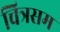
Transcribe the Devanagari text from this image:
चित्रसम